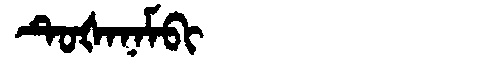
Manchu: ᡨᡠᡧᠠᠨᠠᠮᠪᡳ
Romanization: TUŠANAMBI